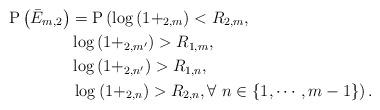
LaTeX: \begin{align*}\mathrm{P}\left( \bar{E}_{m,2} \right) &= \mathrm{P}\left(\log\left(1+_{2,m}\right)<R_{2,m},\right.\\ &\log\left(1+_{2,m'}\right)>R_{1,m}, \\ &\log\left(1+_{2,n'}\right)>R_{1,n},\\ & \left.\log\left(1+_{2,n}\right)>R_{2,n}, \forall ~n\in \{1, \cdots, m-1\}\right).\end{align*}